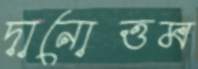
দানোত্তম